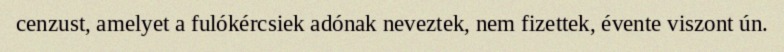
cenzust, amelyet a fulókércsiek adónak neveztek, nem fizettek, évente viszont ún.